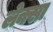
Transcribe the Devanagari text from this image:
लेक्सा